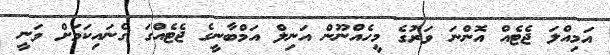
އަމިއްލަ ޖެޓެއް އޮންނަ ވަރުގެ މީހެއްނޫން އަނިލް އަމްބާނީގެ ޖެޓެއްގަ ގެނައިކަމަށް ވަނީ